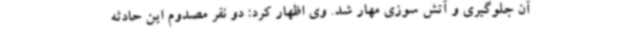
آن جلوگیری و آتش سوزی مهار شد. وی اظهار کرد: دو نفر مصدوم این حادثه